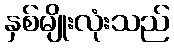
နှစ်မျိုးလုံးသည်